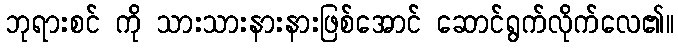
ဘုရားစင် ကို သားသားနားနားဖြစ်အောင် ဆောင်ရွက်လိုက်လေ၏။